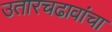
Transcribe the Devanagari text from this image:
उतारचढावांचा